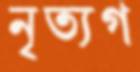
নৃত্যগ